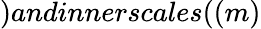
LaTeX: )andinnerscales((m)